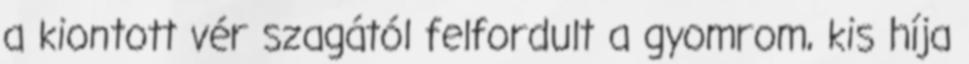
a kiontott vér szagától felfordult a gyomrom, kis híja